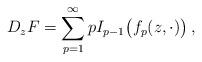
LaTeX: \begin{align*} D_zF=\sum_{p=1}^\infty p I_{p-1}\bigl(f_p(z,\cdot)\bigr)\,,\end{align*}